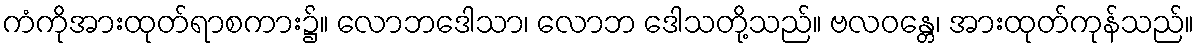
ကံကိုအားထုတ်ရာစကား၌။ လောဘဒေါသာ၊ လောဘ ဒေါသတို့သည်။ ဗလဝန္တေ၊ အားထုတ်ကုန်သည်။